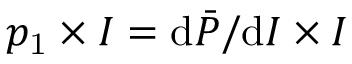
p _ { \mathrm { 1 } } \times I = \mathrm { d } \bar { P } / \mathrm { d } I \times I